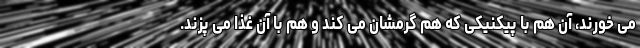
می خورند، آن هم با پیکنیکی که هم گرمشان می کند و هم با آن غذا می پزند.